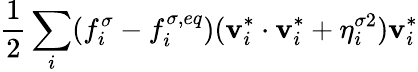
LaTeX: \frac{1}{2}\sum_{i}(f_{i}^{\sigma}-f_{i}^{\sigma,eq})(\mathbf{v}_{i}^{*}\cdot\mathbf{v}_{i}^{*}+\eta_{i}^{\sigma 2})\mathbf{v}_{i}^{*}